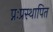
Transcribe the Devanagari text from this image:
प्नःप्रस्थापित